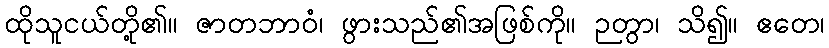
ထိုသူငယ်တို့၏။ ဇာတဘာဝံ၊ ဖွားသည်၏အဖြစ်ကို။ ဉတွာ၊ သိ၍။ ဧတေ၊